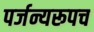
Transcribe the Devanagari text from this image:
पर्जन्यरूपच